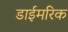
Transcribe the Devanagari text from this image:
डाईमरिक